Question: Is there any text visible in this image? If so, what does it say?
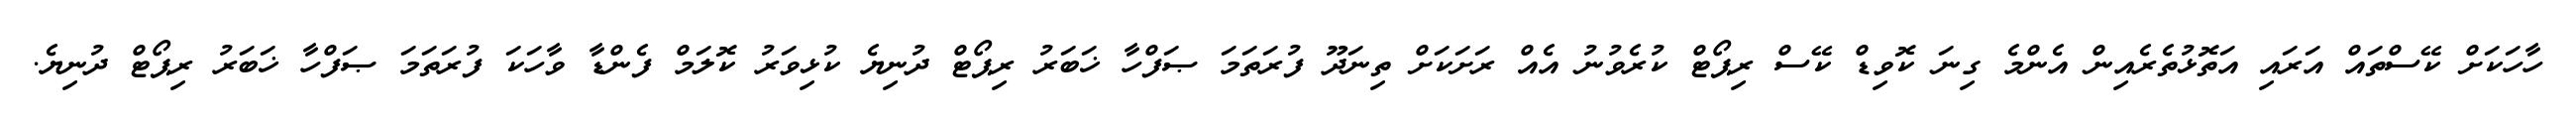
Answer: ހާހަކަށް ކޭސްތައް އަރައި އަތޮޅުތެރެއިން އެންމެ ގިނަ ކޮވިޑް ކޭސް ރިޕޯޓް ކުރެވުނު އެއް ރަށަކަށް ތިނަދޫ ފުރަތަމަ ޞަފްހާ ޚަބަރު ރިޕޯޓް ދުނިޔެ ކުޅިވަރު ކޮލަމް ފެންޑާ ވާހަކަ ފުރަތަމަ ޞަފްހާ ޚަބަރު ރިޕޯޓް ދުނިޔެ.